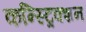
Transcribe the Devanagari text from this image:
कन्स्ट्रिक्शन